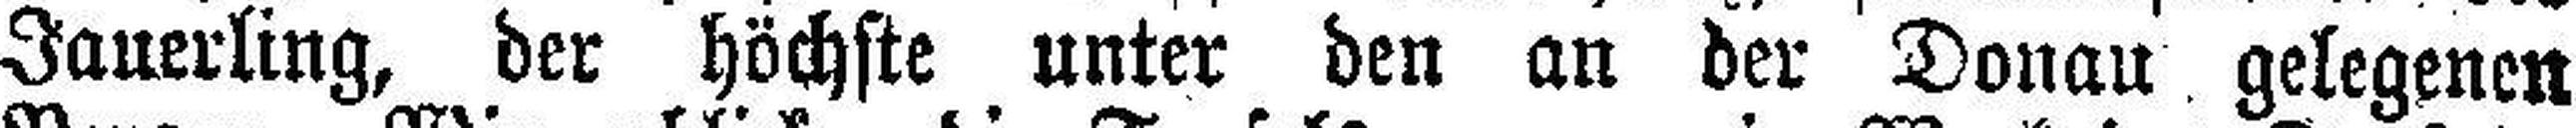
Jauerling, der höchste unter den an der Donau gelegenen